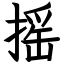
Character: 摇